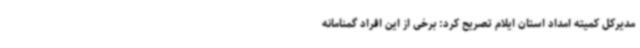
مدیرکل کمیته امداد استان ایلام تصریح کرد: برخی از این افراد گمنامانه